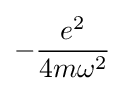
-{\frac {e^{2}}{4m\omega ^{2}}}